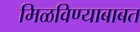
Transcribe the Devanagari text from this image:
मिळविण्याबाबत